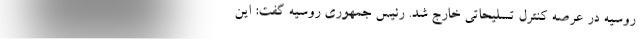
روسیه در عرصه کنترل تسلیحاتی خارج شد. رئیس جمهوری روسیه گفت: این